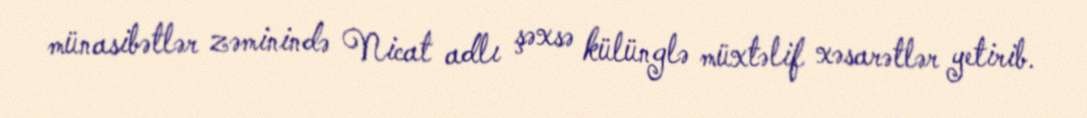
münasibətlər zəminində Nicat adlı şəxsə külünglə müxtəlif xəsarətlər yetirib.